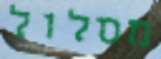
מסלול